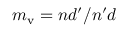
m _ { \mathrm { v } } = n d ^ { \prime } / n ^ { \prime } d